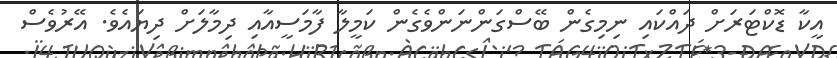
އީކާ ޑޮކްޓަރަށް ދައްކައި ނިމިގެން ބޭސްގަންނަންވެގެން ކަމީލާ ފާމަސީއާއި ދިމާލަށް ދިޔައެވެ. އޭރުވެސް